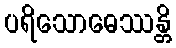
ပရိသောဓေဿန္တိ